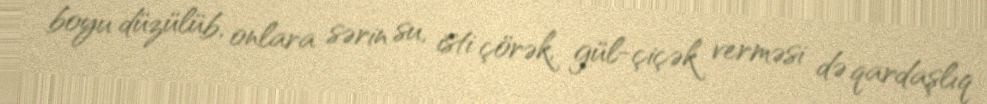
boyu düzülüb, onlara sərin su, isti çörək, gül-çiçək verməsi də qardaşlıq